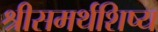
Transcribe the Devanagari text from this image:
श्रीसमर्थशिष्य